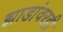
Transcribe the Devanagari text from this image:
झाडांवरही